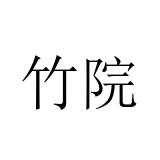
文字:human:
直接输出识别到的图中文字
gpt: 竹院